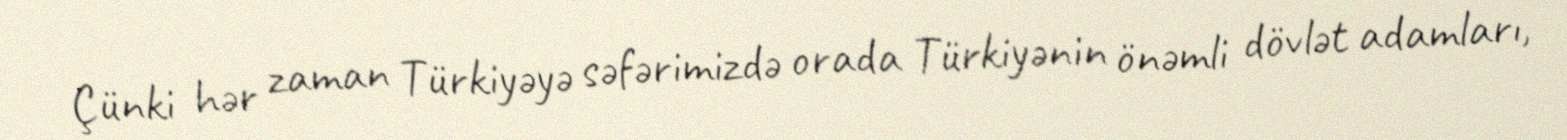
Çünki hər zaman Türkiyəyə səfərimizdə orada Türkiyənin önəmli dövlət adamları,